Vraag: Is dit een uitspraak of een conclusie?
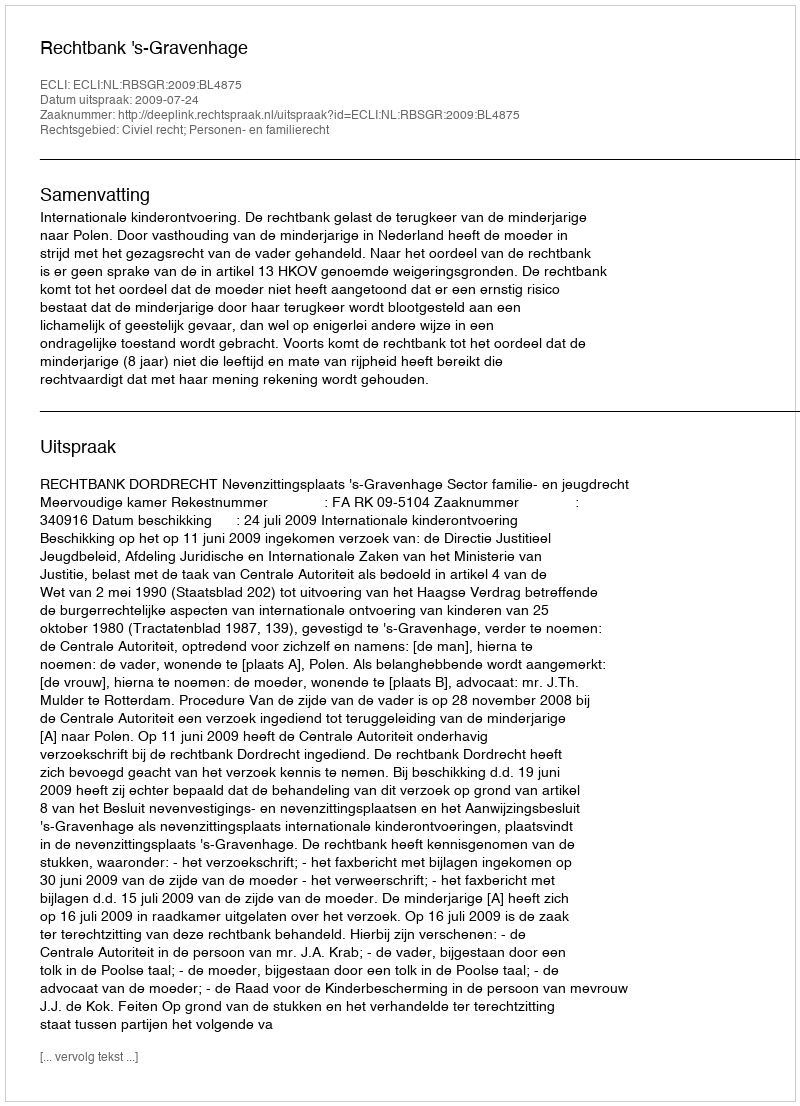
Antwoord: Uitspraak